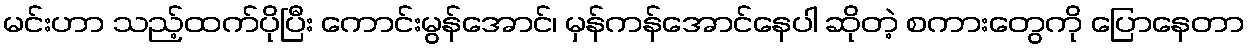
မင်းဟာ သည့်ထက်ပိုပြီး ကောင်းမွန်အောင်၊ မှန်ကန်အောင်နေပါ ဆိုတဲ့ စကားတွေကို ပြောနေတာ